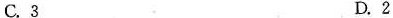
C.3 D.2